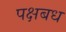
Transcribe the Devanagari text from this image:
पक्षबध